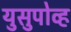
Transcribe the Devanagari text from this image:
युसुपोव्ह